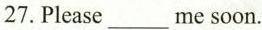
27.Please___me soon..